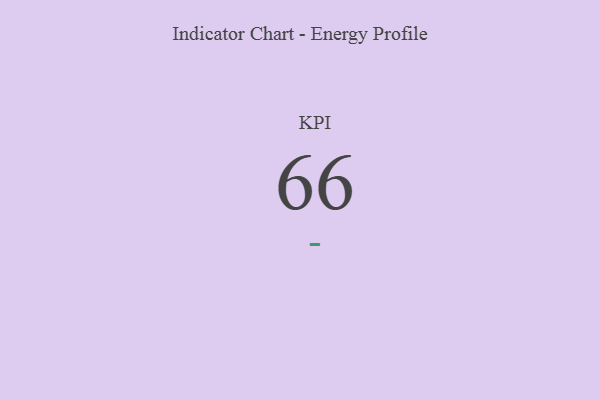
{"axis": {"x": "KPI", "y": "Value"}, "legend": [""], "data": [{"x": "KPI", "y": 66, "type": ""}]}